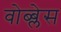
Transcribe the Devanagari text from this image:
वोब्ब्लेस